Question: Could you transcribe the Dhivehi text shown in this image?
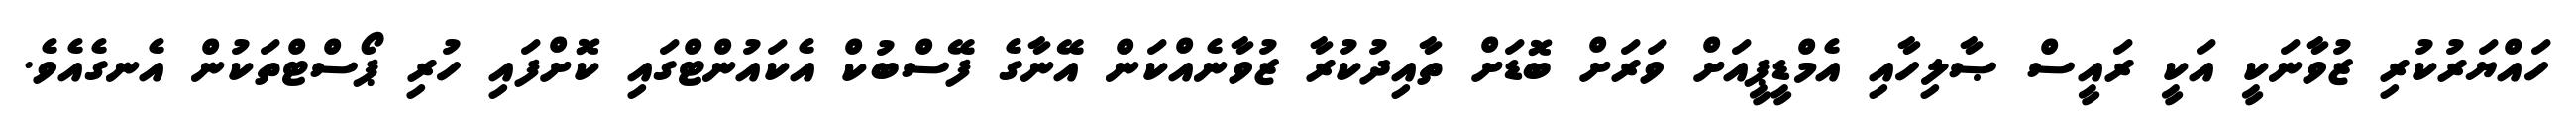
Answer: ހައްޔަރުކުރި ޒުވާނަކީ އަކީ ރައީސް ޞާލިހާއި އެމްޑީޕީއަށް ވަރަށް ބޮޑަށް ތާއިދުކުރާ ޒުވާނެއްކަން އޭނާގެ ފޭސްބުކް އެކައުންޓްގައި ކޮށްފައި ހުރި ޕޯސްޓްތަކުން އެނގެއެވެ.